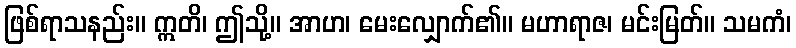
ဖြစ်ရာသနည်း။ ဣတိ၊ ဤသို့။ အာဟ၊ မေးလျှောက်၏။ မဟာရာဇ၊ မင်းမြတ်။ သမကံ၊